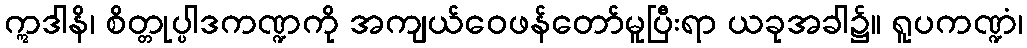
ဣဒါနိ၊ စိတ္တုပ္ပါဒကဏ္ဍကို အကျယ်ဝေဖန်တော်မူပြီးရာ ယခုအခါ၌။ ရူပကဏ္ဍံ၊